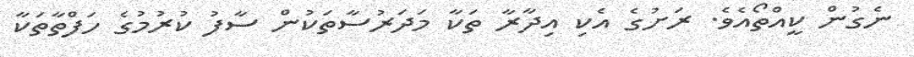
ނެގުން ކީއްތޯއެވެ. ރަށުގެ އެކި އިދާރާ ތަކާ މަދަރުސާތަކުން ސާފު ކުރުމުގެ ހަފްތާތަކާ